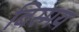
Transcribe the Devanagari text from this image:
विस्‍मय